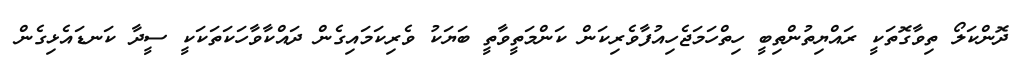
ދޮންކަލޯ ތިވާގޮތަކީ ރައްޔިތުންތިބީ ހިތްހަމަޖެހިއުފާވެރިކަން ކަންމަތީވާތީ ބަޔަކު ވެރިކަމައިގެން ދައްކާވާހަކަތަކަކީ ސީދާ ކަނޑައެޅިގެން